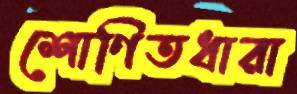
শোণিতধারা